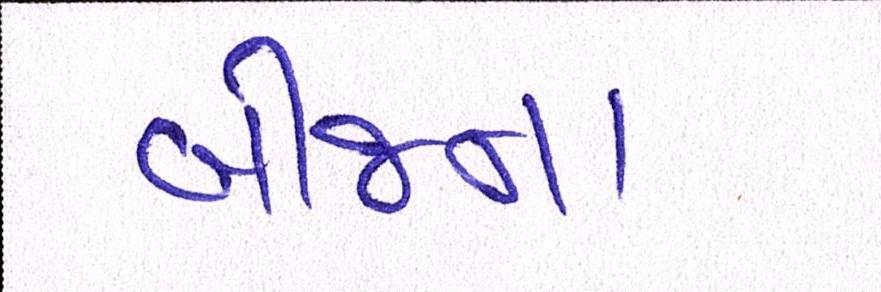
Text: બીજના